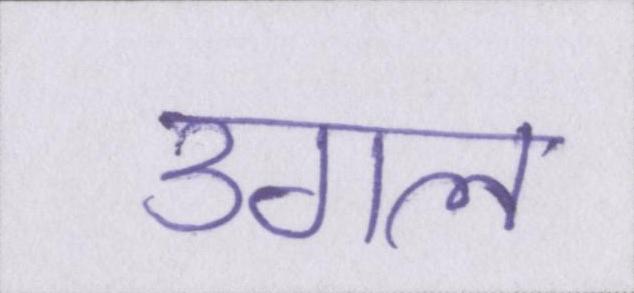
उगल